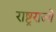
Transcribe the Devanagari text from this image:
राष्ट्रराज्ये